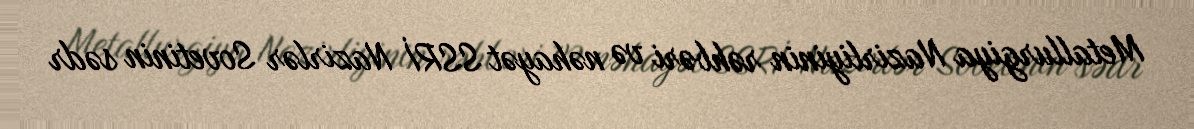
Metallurgiya Nazirliyinin rəhbəri və nəhayət SSRİ Nazirlər Sovetinin sədr